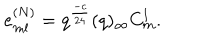
e _ { m l } ^ { ( N ) } = q ^ { \frac { - c } { 2 4 } } ( q ) _ { \infty } C _ { m } ^ { l } .